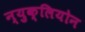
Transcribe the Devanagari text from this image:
न्युक्लियोन